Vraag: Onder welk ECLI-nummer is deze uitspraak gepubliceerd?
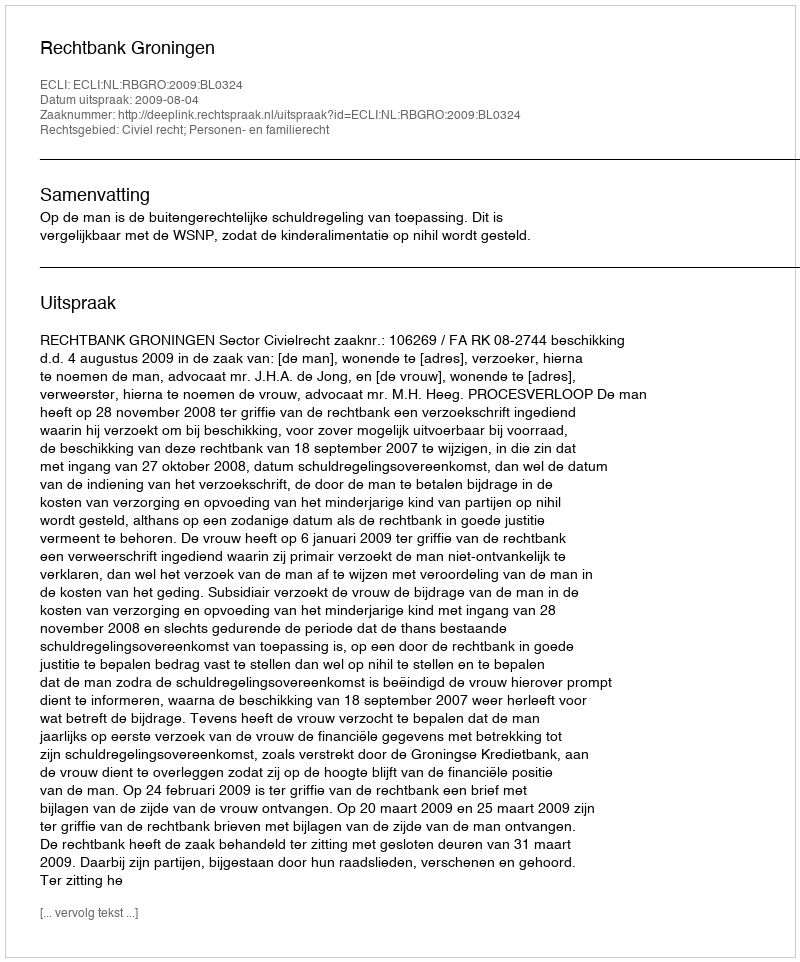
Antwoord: ECLI:NL:RBGRO:2009:BL0324